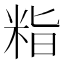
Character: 𮇖